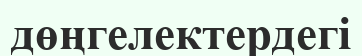
дөңгелектердегі